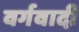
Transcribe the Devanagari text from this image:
वर्गवादी